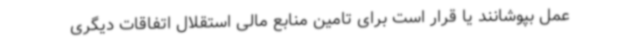
عمل بپوشانند یا قرار است برای تامین منابع مالی استقلال اتفاقات دیگری